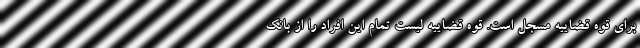
برای قوه قضاییه مسجل است. قوه قضاییه لیست تمام این افراد را از بانک